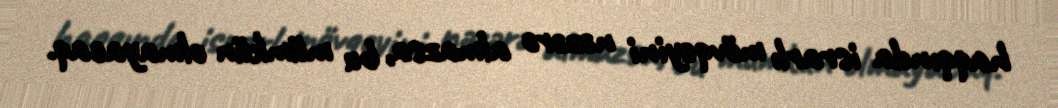
haqqında israrlı mövqeyini nəzərə almazsa, bu mümkün olmayacaq.